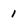
Character: 1